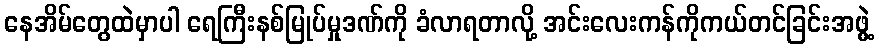
နေအိမ်တွေထဲမှာပါ ရေကြီးနစ်မြုပ်မှုဒဏ်ကို ခံလာရတာလို့ အင်းလေးကန်ကိုကယ်တင်ခြင်းအဖွဲ့